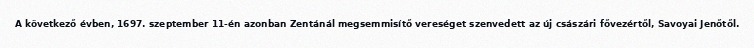
A következő évben, 1697. szeptember 11-én azonban Zentánál megsemmisítő vereséget szenvedett az új császári fővezértől, Savoyai Jenőtől.